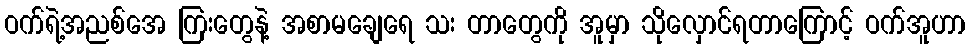
ဝက်ရဲ့အညစ်အေ ကြးတွေနဲ့ အစာမချေရေ သး တာတွေကို အူမှာ သိုလှောင်ရတာကြောင့် ဝက်အူဟာ